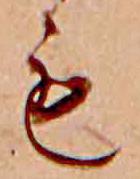
も